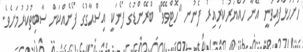
ހުށަހަޅާފައިވަނީ އޭނާ ހައްޔަރުކުރިއިރު ފެނުނ "ހޮޓްވޭވް" ބްރޭންޑުގެ ފޯނަކީ އިސްޙާގުގެ ފޯނެއްކަން ސާބިތުކުރުމަށެވެ.